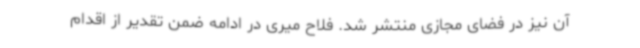
آن نیز در فضای مجازی منتشر شد. فلاح میری در ادامه ضمن تقدیر از اقدام